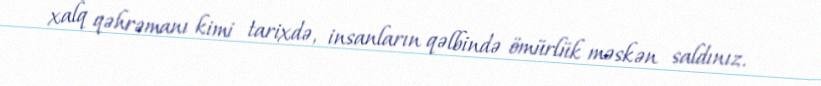
xalq qəhrəmanı kimi tarixdə, insanların qəlbində ömürlük məskən saldınız.